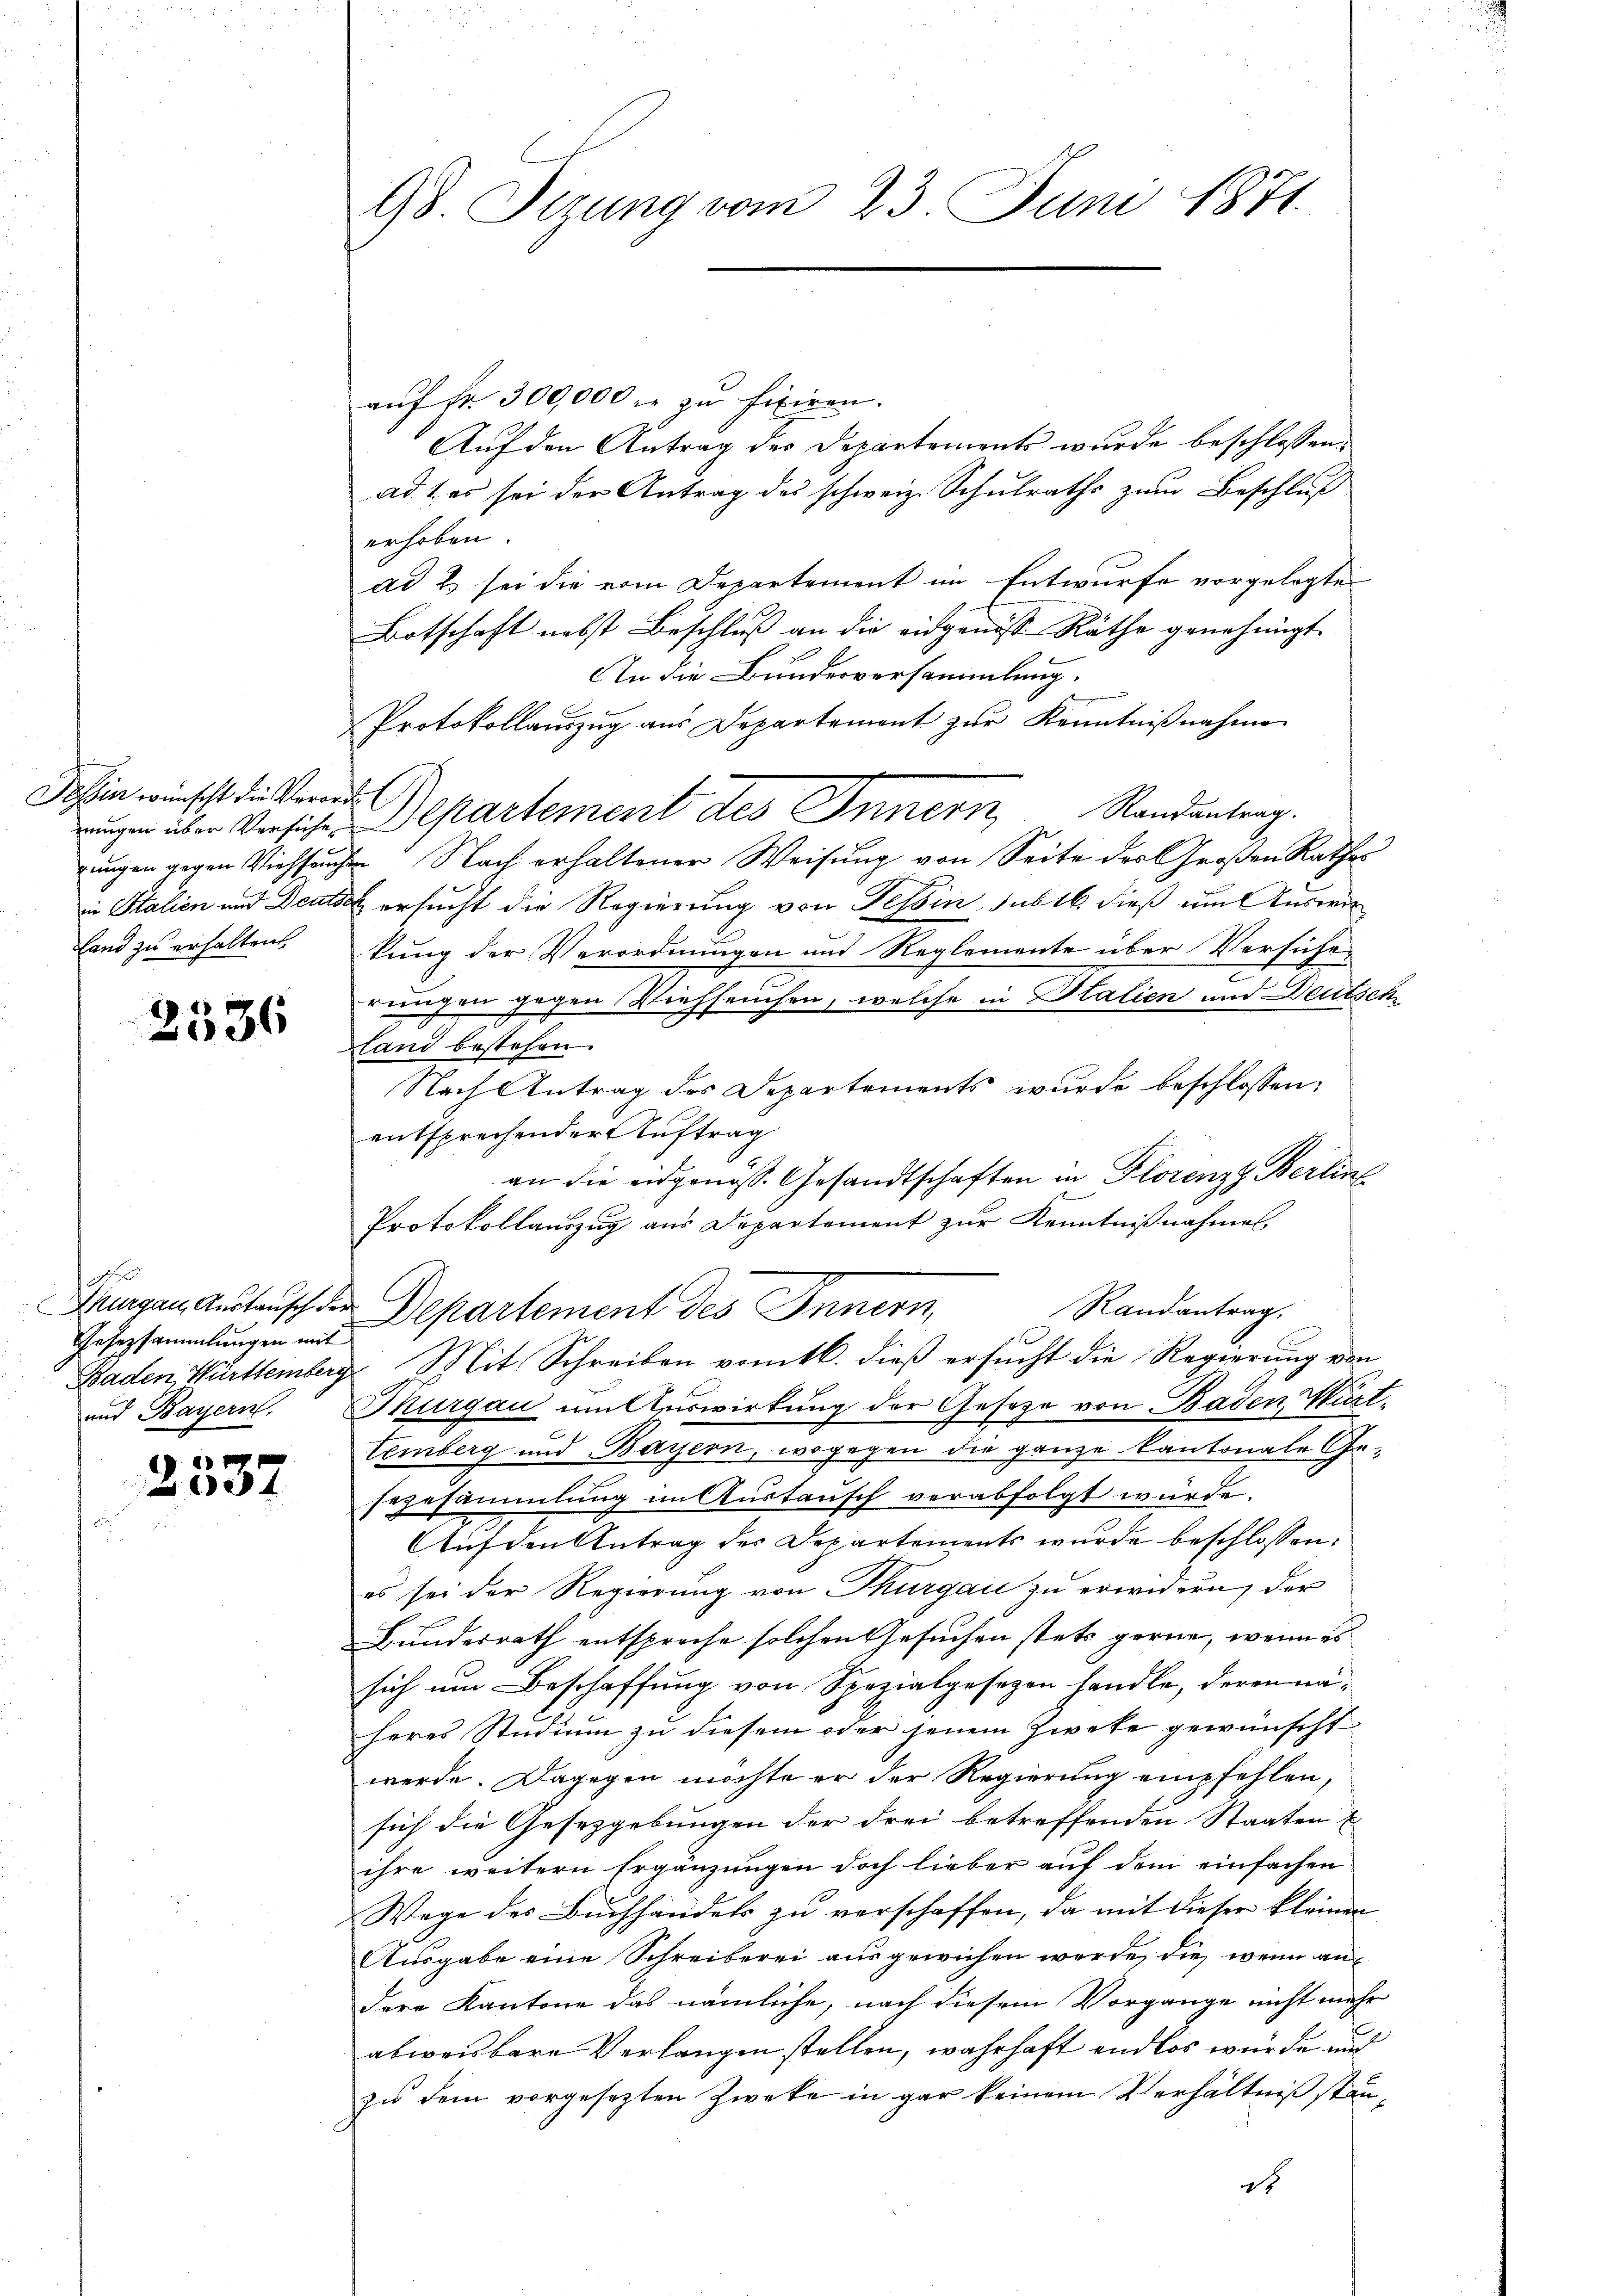
Tessin wünscht die Verorde
Land zu erhalten

2536

Gesezsammlungen mit

2537

98. Sizung vom 23. Juni 1871.

aŭf fr. 300,000 r. zu fixiren.
Auf den Antrag der Departements wurde beschlossen:
ad 1. es sei der Antrag des schweiz. Schulraths zum Beschluß
erhoben.
ad Es sei die vom Departement im Entwurfe vorgelegte
Botschaft nebst Beschlŭβ an die eidgenosse Räthe genehmigt.
An die Bundesversammlung.
Protokollaŭszŭg aŭs Departement zŭr Kenntniβnahme
ungen über Versiche Departement des Innern, Randantrag.
rungen gegen Viehseuchen Nach erhaltener Weisung von Seite des Großen Rathes
in Italien und Deutsch ersucht die Regierung von Tessin, subt dieß um Auswir
kung der Verordnungen und Reglemente über Versiche
rungen gegen Viehseuchen, welche in Italien und Deutsche
Land bestehen.
Nach Antrag des Departements wurde beschlossen:
entsprechender Auftrag
an die eidgenöss. Gesandtschaften in Florenz Berline
Protokollauszug aus Departement zur Kenntnißnahmes.
Randantrag.
Tugen Anstausch der Departement des Innern,
Baden Württemberg Mit Schreiben vom 16. dieß ersucht die Regierung von
und Bayern. Thurgau um Auswirkung der Gesetze von Baden Württemberg und Bayern, wogegen die ganze Kantonale Ge-
sezesammlung im Austausch verabfolgt würde.
Auf den Antrag der Departements wurde beschlossen:
es sei der Regierung von Thurgau zu erwidern, der
Bundesrath entspreche solchen Gesuchen stets gerne, wenn es
sich um Beschaffung von Spezialgesezen handle, deren näheres Studium zu diesem oder jenem Zwete gewünscht
werde. Dagegen möchte er der Regierung empfehlen,
sich die Gesetzgebungen der drei betreffenden Staaten
ihre weitern Ergänzungen doch lieber auf dem einfachen
Wege des Buchhandels zu verschaffen, da mit dieser kleinen
Ausgabe eine Schreiberei ausgewichen werde, die wenn andere Kantone das nämliche, nach diesem Vorgange nicht mehr
abweisbare Verlangen stellen, wahrhaft endlos würde und
zu dem vorgesezten Zwecke in gar keinem Verhältniß stand